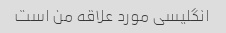
انگلیسی مورد علاقه من است